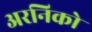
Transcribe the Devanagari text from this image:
अरनिको